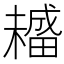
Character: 𤳡